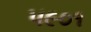
૫૯૦૧